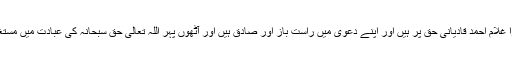
’’حضرت مرزا غلام احمد قادیانی حق پر ہیں اور اپنے دعویٰ میں راست باز اور صادق ہیں اور آٹھوں پہر اللہ تعالیٰ حق سبحانہٗ کی عبادت میں مستغرق رہتے ہیں۔